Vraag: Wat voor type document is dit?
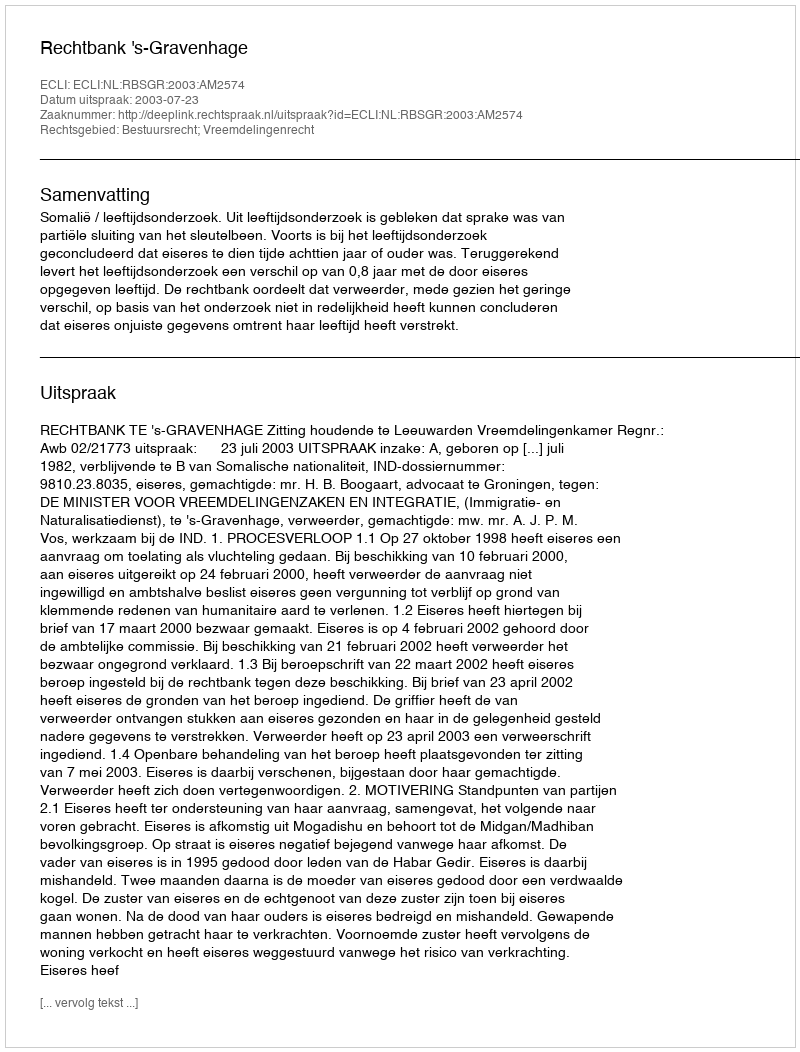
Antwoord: Uitspraak